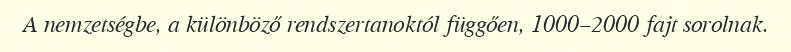
A nemzetségbe, a különböző rendszertanoktól függően, 1000–2000 fajt sorolnak.